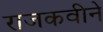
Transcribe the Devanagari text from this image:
राजकवीने